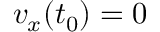
v _ { x } ( t _ { 0 } ) = 0